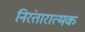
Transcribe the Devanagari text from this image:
निरंतारात्मक